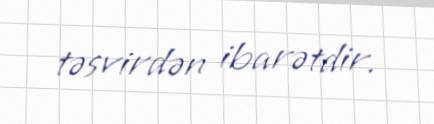
təsvirdən ibarətdir.